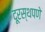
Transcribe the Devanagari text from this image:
दूरस्थपणे